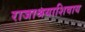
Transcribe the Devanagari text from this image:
राजाश्रयाशिवाय